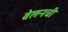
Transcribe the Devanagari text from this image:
बेलनची